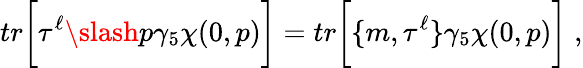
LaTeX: tr\bigg\lbrack\tau^{\ell}\slash p\gamma_{5}\chi(0,p)\bigg\rbrack=tr\bigg\lbrack\lbrace m,\tau^{\ell}\rbrace\gamma_{5}\chi(0,p)\bigg\rbrack\; ,